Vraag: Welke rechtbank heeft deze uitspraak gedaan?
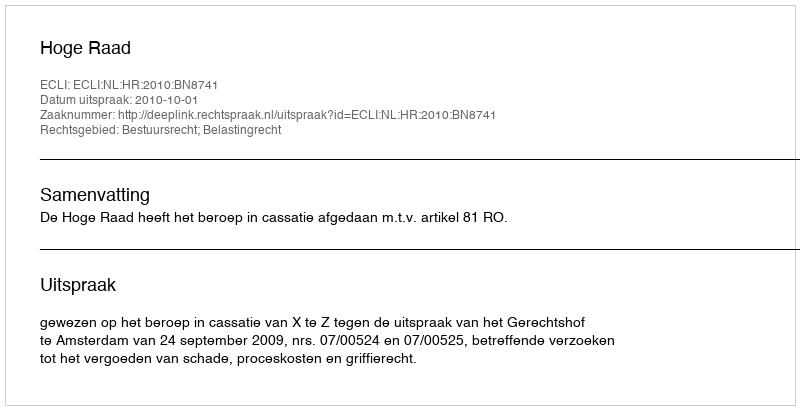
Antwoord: Hoge Raad